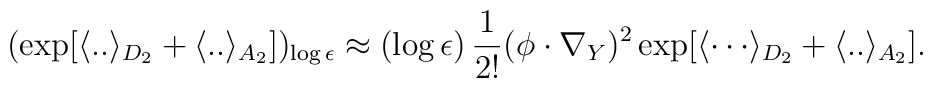
(\exp[ \langle .. \rangle_{D_2} + \langle .. \rangle_{A_2} ])_{\log \epsilon}\approx (\log \epsilon) \, {1 \over 2!} (\phi \cdot \nabla_Y)^2  \exp[{\langle \cdots \rangle_{D_2}} + \langle .. \rangle_{A_2}]  .